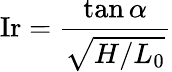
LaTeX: \mathrm{Ir}={\frac{\tan\alpha}{\sqrt{H/L_{0}}}}